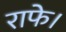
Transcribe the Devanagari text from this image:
राफे।